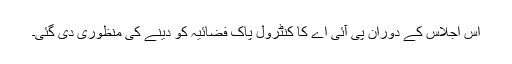
اس اجلاس کے دوران پی آئی اے کا کنٹرول پاک فضائیہ کو دینے کی منظوری دی گئی۔